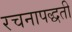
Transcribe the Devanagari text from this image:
रचनापद्धती